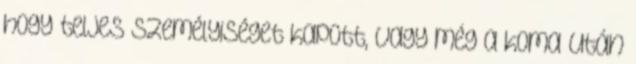
hogy teljes személyiséget kapott, vagy még a koma után